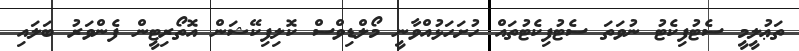
ތަޢުލީމީ ސެޓުފިކެޓު ނުވަތަ ސެޓުފިކެޓުތައް ހުށަހަޅުއްވާނީ މޯލްޑިވްސް ކޮލިފިކޭޝަން އޮތޯރިޓީން ފެންވަރު ބަލައި